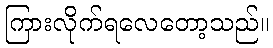
ကြားလိုက်ရလေတော့သည်။